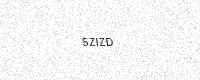
Text: 5ZIZD